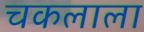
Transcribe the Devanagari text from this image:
चकलाला